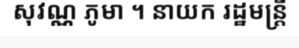
សុវណ្ណ ភូមា ។ នាយក រដ្ឋមន្ត្រី